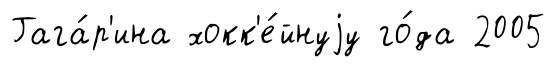
Гага́р'ина хокк'е́йнуjу го́да 2005